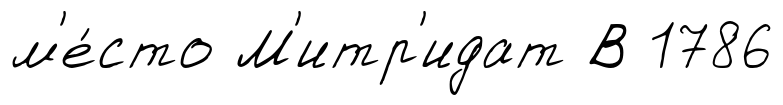
м'е́сто М'итр'идат В 1786